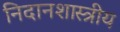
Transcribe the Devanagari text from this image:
निदानशास्त्रीय